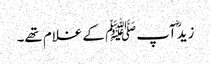
زیدؓ آپﷺ کے غلام تھے۔